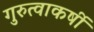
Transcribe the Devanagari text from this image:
गुरुत्वाकर्षी